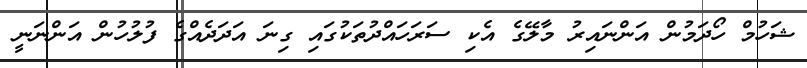
ޝަހުމް ހޯދަމުން އަންނައިރު މާލޭގެ އެކި ސަރަހައްދުތަކުގައި ގިނަ އަދަދެއްގެ ފުލުހުން އަންނަނީ